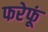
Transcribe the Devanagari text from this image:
फरेफूं